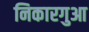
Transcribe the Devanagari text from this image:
निकारगुआ